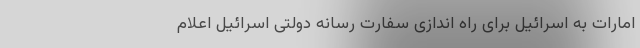
امارات به اسرائیل برای راه اندازی سفارت رسانه دولتی اسرائیل اعلام